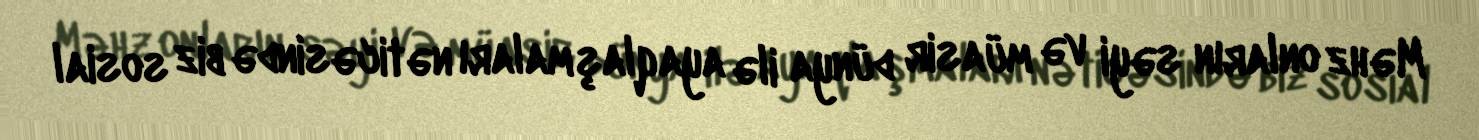
Məhz onların səyi və müasir dünya ilə ayaqlaşmaları nəticəsində biz sosial